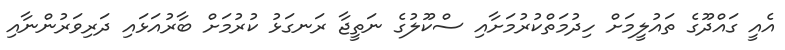
އެއީ ގައްދޫގެ ތައުލީމަށް ހިދުމަތްކުރުމަށާއި ސްކޫލުގެ ނަތީޖާ ރަނގަޅު ކުރުމަށް ބާރުއަޅައި ދަރިވަރުންނާއި